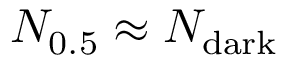
N _ { 0 . 5 } \approx N _ { \mathrm { d a r k } }